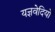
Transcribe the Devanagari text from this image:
यज्ञवेदियों